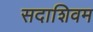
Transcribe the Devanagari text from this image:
सदाशिवम